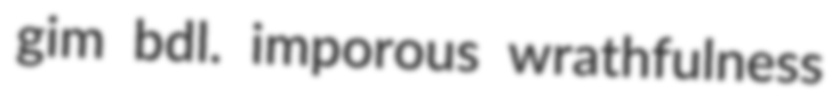
gim bdl. imporous wrathfulness